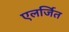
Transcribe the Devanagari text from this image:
एलर्जित